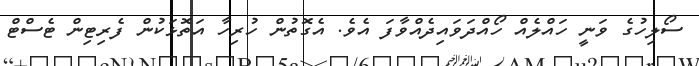
ސޯލިހުގެ ވަނީ ހައްލެއް ހޯއްދަވައިދެއްވާފަ އެވެ. އެގޮތުން ހުރިހާ އަތޮޅަކުން ފެރިޓިން ޓެސްޓް